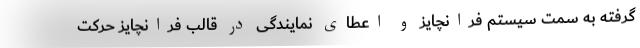
گرفته به سمت سیستم فرانچایز و اعطای نمایندگی در قالب فرانچایز حرکت